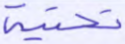
تحتية